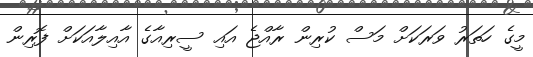
މީގެ ހަތަރު ވަރަކަށް މަސް ކުރިން ރާއްޖެ އައި ސީރިއާގެ އާއިލާއަކަށް ފޮރިން